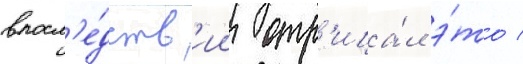
впосл'е́дств'ии отр'ица́л э́то /